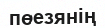
пөезянің